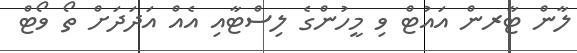
ލާން ޓާރން އައުޓް ވި މީހުންގެ ލިސްޓާއި އެއް އަދަަދަށް ތޯ ވޯޓް